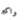
وأكبر